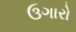
ઉગારો